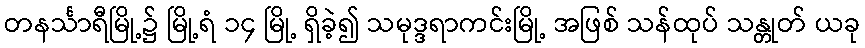
တနင်္သာရီမြို့၌ မြို့ရံ ၁၄ မြို့ ရှိခဲ့၍ သမုဒ္ဒရာကင်းမြို့ အဖြစ် သန်ထုပ် သန္တုတ် ယခု